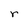
Character: r